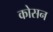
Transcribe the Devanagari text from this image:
कोसन